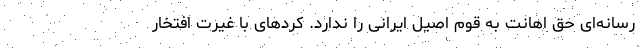
رسانه‌ای حق اهانت به قوم اصیل ایرانی را ندارد. کردهای با غیرت افتخار